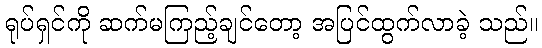
ရုပ်ရှင်ကို ဆက်မကြည့်ချင်တော့ အပြင်ထွက်လာခဲ့ သည်။